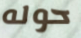
حوله